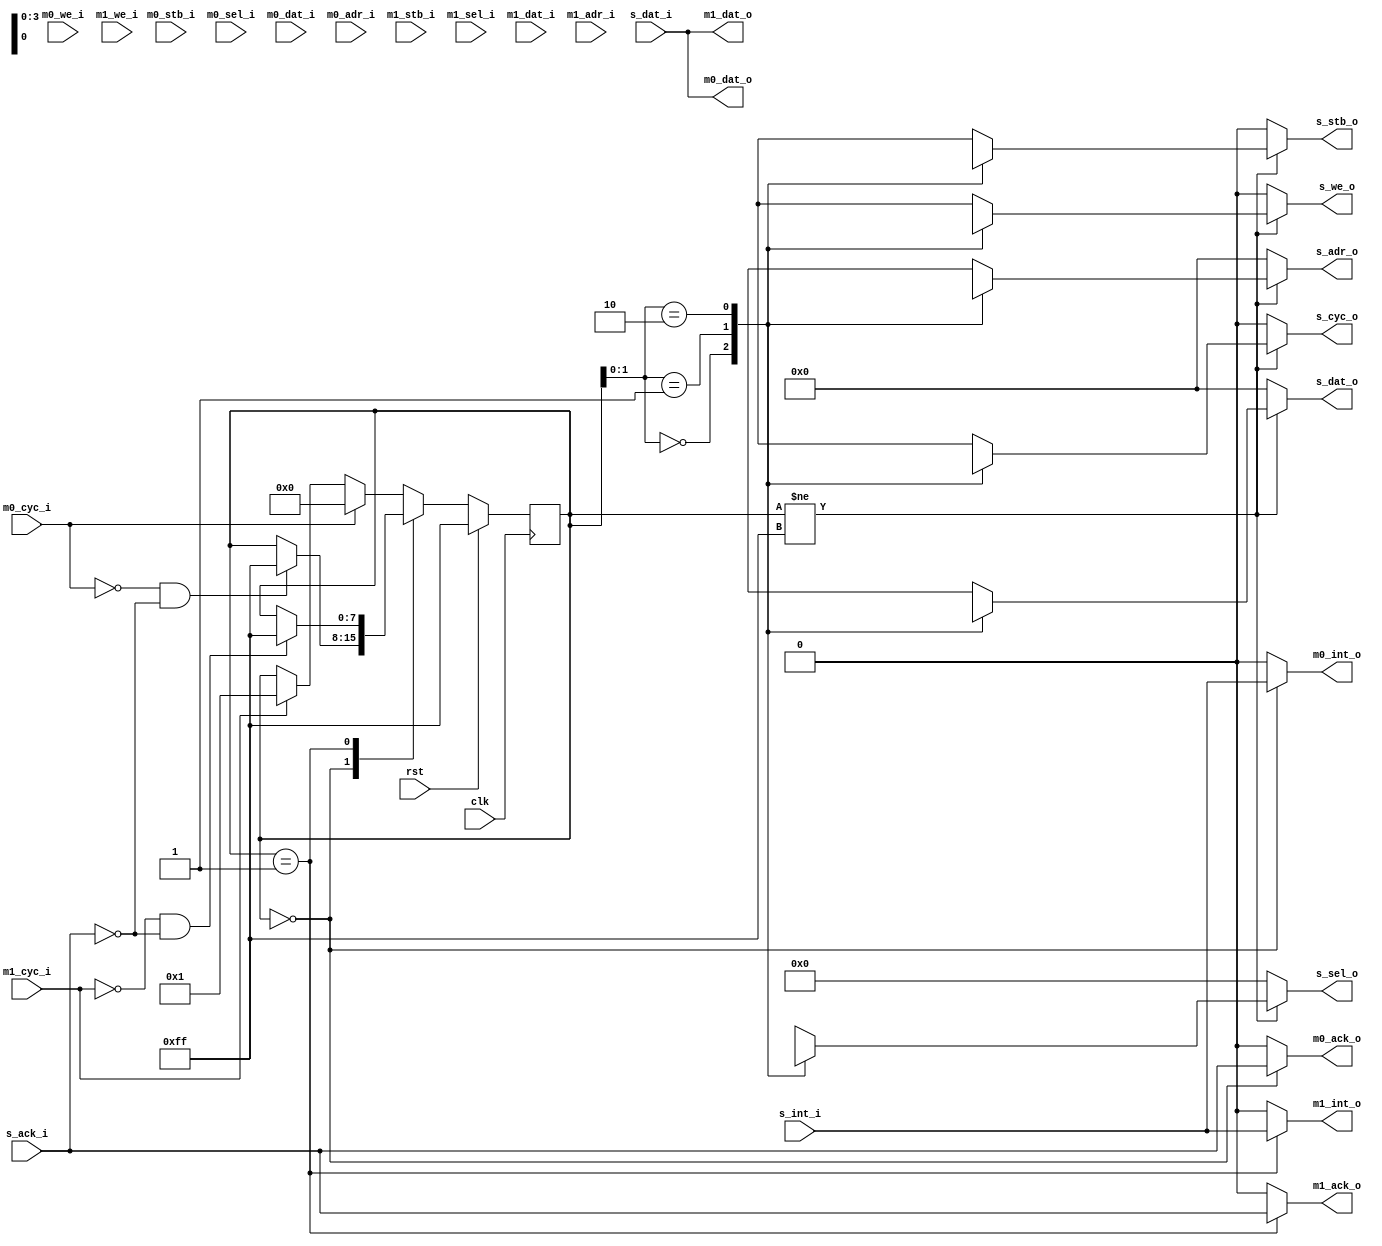
//wishbone_interconnect.v
/*
Distributed under the MIT licesnse.
Copyright (c) 2011 Dave McCoy (dave.mccoy@cospandesign.com)

Permission is hereby granted, free of charge, to any person obtaining a copy of
this software and associated documentation files (the "Software"), to deal in 
the Software without restriction, including without limitation the rights to 
use, copy, modify, merge, publish, distribute, sublicense, and/or sell copies 
of the Software, and to permit persons to whom the Software is furnished to do 
so, subject to the following conditions:

The above copyright notice and this permission notice shall be included in all 
copies or substantial portions of the Software.

THE SOFTWARE IS PROVIDED "AS IS", WITHOUT WARRANTY OF ANY KIND, EXPRESS OR 
IMPLIED, INCLUDING BUT NOT LIMITED TO THE WARRANTIES OF MERCHANTABILITY, 
FITNESS FOR A PARTICULAR PURPOSE AND NONINFRINGEMENT. IN NO EVENT SHALL THE 
AUTHORS OR COPYRIGHT HOLDERS BE LIABLE FOR ANY CLAIM, DAMAGES OR OTHER 
LIABILITY, WHETHER IN AN ACTION OF CONTRACT, TORT OR OTHERWISE, ARISING FROM, 
OUT OF OR IN CONNECTION WITH THE SOFTWARE OR THE USE OR OTHER DEALINGS IN THE 
SOFTWARE.
*/


module arbitrator_2_masters (
  clk,
  rst,

  //master ports
	m0_we_i,
	m0_cyc_i,
	m0_stb_i,
	m0_sel_i,
	m0_ack_o,
	m0_dat_i,
	m0_dat_o,
	m0_adr_i,
	m0_int_o,


	m1_we_i,
	m1_cyc_i,
	m1_stb_i,
	m1_sel_i,
	m1_ack_o,
	m1_dat_i,
	m1_dat_o,
	m1_adr_i,
	m1_int_o,




  //slave port
    s_we_o,
    s_cyc_o,
    s_stb_o,
    s_sel_o,
    s_ack_i,
    s_dat_o,
    s_dat_i,
    s_adr_o,
    s_int_i

);


//control signals
input               clk;
input               rst;

//wishbone slave signals
output              s_we_o;
output              s_stb_o;
output              s_cyc_o;
output  [3:0]       s_sel_o;
output  [31:0]      s_adr_o;
output  [31:0]      s_dat_o;

input   [31:0]      s_dat_i;
input               s_ack_i;
input               s_int_i;

parameter           MASTER_COUNT = 2;
//wishbone master signals
input			m0_we_i;
input			m0_cyc_i;
input			m0_stb_i;
input	[3:0]	m0_sel_i;
input	[31:0]	m0_adr_i;
input	[31:0]	m0_dat_i;
output	[31:0]	m0_dat_o;
output			m0_ack_o;
output			m0_int_o;


input			m1_we_i;
input			m1_cyc_i;
input			m1_stb_i;
input	[3:0]	m1_sel_i;
input	[31:0]	m1_adr_i;
input	[31:0]	m1_dat_i;
output	[31:0]	m1_dat_o;
output			m1_ack_o;
output			m1_int_o;




//registers/wires
//this should be parameterized
reg [7:0]           master_select;
reg [7:0]           priority_select;


wire                master_we_o  [MASTER_COUNT:0];
wire                master_stb_o [MASTER_COUNT:0];
wire                master_cyc_o [MASTER_COUNT:0];
wire  [3:0]         master_sel_o [MASTER_COUNT:0];
wire  [31:0]        master_adr_o [MASTER_COUNT:0];
wire  [31:0]        master_dat_o [MASTER_COUNT:0];


//master select block
parameter MASTER_NO_SEL = 8'hFF;
parameter MASTER_0 = 0;
parameter MASTER_1 = 1;


always @ (posedge clk) begin
	if (rst) begin
		master_select <= MASTER_NO_SEL;
	end
	else begin
		case (master_select)
			MASTER_0: begin
				if (~m0_cyc_i && ~s_ack_i) begin
					master_select <= MASTER_NO_SEL;
				end
			end
			MASTER_1: begin
				if (~m1_cyc_i && ~s_ack_i) begin
					master_select <= MASTER_NO_SEL;
				end
			end
			default: begin
				//nothing selected
				if (m0_cyc_i) begin
					master_select <= MASTER_0;
				end
				else if (m1_cyc_i) begin
					master_select <= MASTER_1;
				end
			end
		endcase
	end
end


//priority select


parameter PRIORITY_NO_SEL = 8'hFF;
parameter PRIORITY_0 = 0;
parameter PRIORITY_1 = 1;


always @ (posedge clk) begin
	if (rst) begin
		priority_select <= PRIORITY_NO_SEL;
	end
	else begin
		//find the highest priority
		if (m0_cyc_i) begin
			priority_select  <= PRIORITY_0;
		end
		else if (m1_cyc_i) begin
			priority_select  <= PRIORITY_1;
		end
		else begin
			priority_select  <= PRIORITY_NO_SEL;
		end
	end
end




//slave assignments
assign  s_we_o  = (master_select != MASTER_NO_SEL) ? master_we_o[master_select]  : 0;
assign  s_stb_o = (master_select != MASTER_NO_SEL) ? master_stb_o[master_select] : 0;
assign  s_cyc_o = (master_select != MASTER_NO_SEL) ? master_cyc_o[master_select] : 0;
assign  s_sel_o = (master_select != MASTER_NO_SEL) ? master_sel_o[master_select] : 0;
assign  s_adr_o = (master_select != MASTER_NO_SEL) ? master_adr_o[master_select] : 0;
assign  s_dat_o = (master_select != MASTER_NO_SEL) ? master_dat_o[master_select] : 0;


//write select block
assign master_we_o[MASTER_0] = m0_we_i;
assign master_we_o[MASTER_1] = m1_we_i;



//strobe select block
assign master_stb_o[MASTER_0] = m0_stb_i;
assign master_stb_o[MASTER_1] = m1_stb_i;



//cycle select block
assign master_cyc_o[MASTER_0] = m0_cyc_i;
assign master_cyc_o[MASTER_1] = m1_cyc_i;



//select select block
assign master_sel_o[MASTER_0] = m0_sel_i;
assign master_sel_o[MASTER_1] = m1_sel_i;



//address seelct block
assign master_adr_o[MASTER_0] = m0_adr_i;
assign master_adr_o[MASTER_1] = m1_adr_i;



//data select block
assign master_dat_o[MASTER_0] = m0_dat_i;
assign master_dat_o[MASTER_1] = m1_dat_i;




//assign block
assign m0_ack_o = (master_select == MASTER_0) ? s_ack_i : 0;
assign m0_dat_o = s_dat_i;
assign m0_int_o = (master_select == MASTER_0) ? s_int_i : 0;

assign m1_ack_o = (master_select == MASTER_1) ? s_ack_i : 0;
assign m1_dat_o = s_dat_i;
assign m1_int_o = (master_select == MASTER_1) ? s_int_i : 0;



endmodule